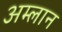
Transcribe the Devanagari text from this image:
अम्लान